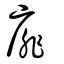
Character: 䨾